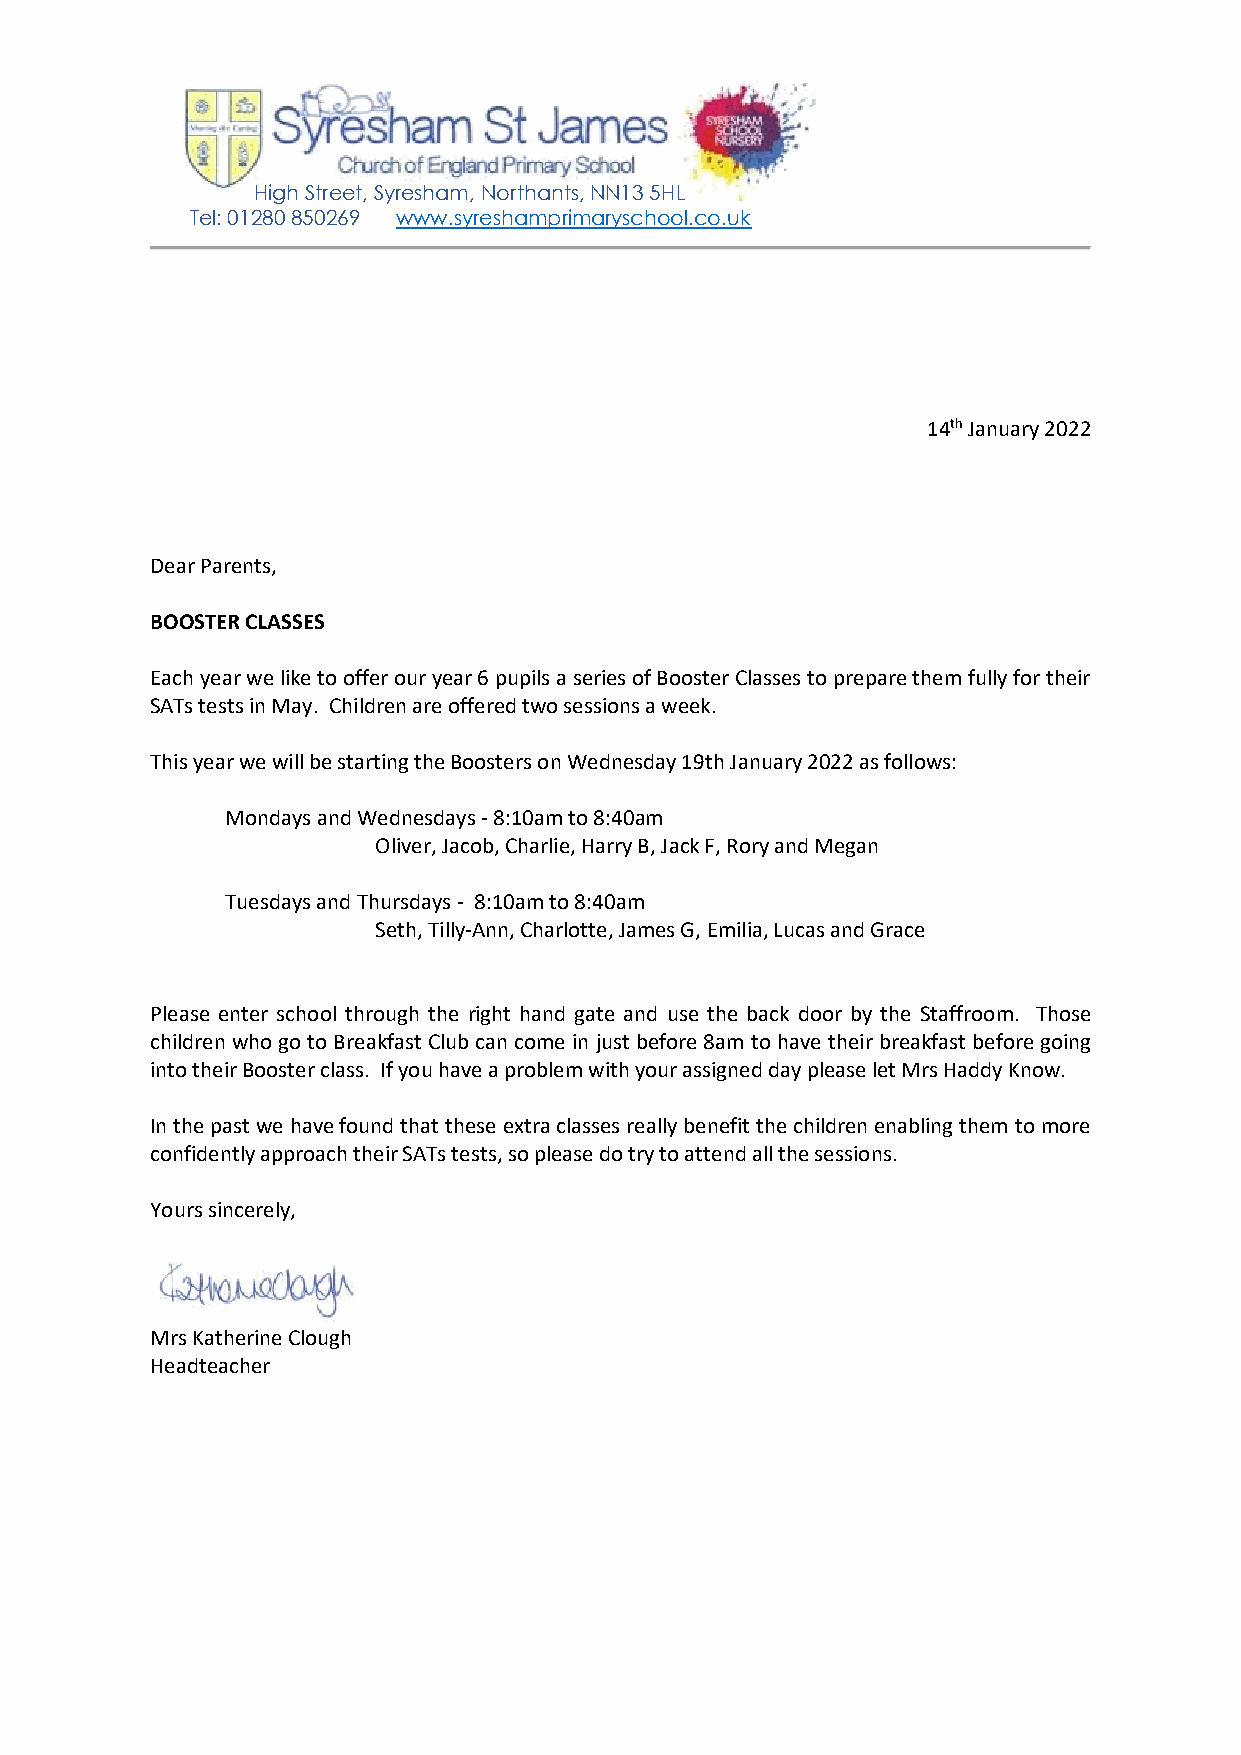
High Street, Syresham, Northants, NN13 5HL
 Tel: 01280 850269 www.syreshamprimaryschool.co.uk
 14th January 2022
 Dear Parents,
 BOOSTER CLASSES
 Each year we like to offer our year 6 pupils a series of Booster Classes to prepare them fully for their
 SATs tests in May. Children are offered two sessions a week.
 This year we will be starting the Boosters on Wednesday 19th January 2022 as follows:
 Mondays and Wednesdays - 8:10am to 8:40am
 Oliver, Jacob, Charlie, Harry B, Jack F, Rory and Megan
 Tuesdays and Thursdays - 8:10am to 8:40am
 Seth, Tilly-Ann, Charlotte, James G, Emilia, Lucas and Grace
 Please enter school through the right hand gate and use the back door by the Staffroom. Those
 children who go to Breakfast Club can come in just before 8am to have their breakfast before going
 into their Booster class. If you have a problem with your assigned day please let Mrs Haddy Know.
 In the past we have found that these extra classes really benefit the children enabling them to more
 confidently approach their SATs tests, so please do try to attend all the sessions.
 Yours sincerely,
 Mrs Katherine Clough
 Headteacher